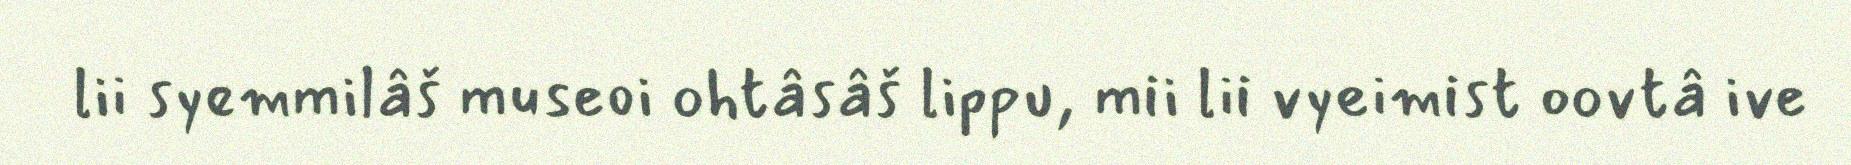
lii syemmilâš museoi ohtâsâš lippu, mii lii vyeimist oovtâ ive